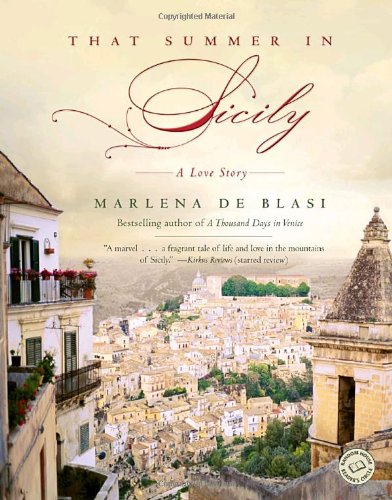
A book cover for That Summer in Sicily: A Love Story; Marlena de Blasi; Self-Help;